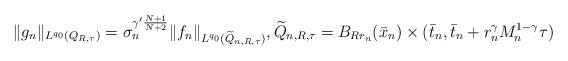
LaTeX: \begin{align*}\|g_n\|_{L^{q_0}(Q_{R,\tau}) }= \sigma_n^{\gamma'\frac{N+1}{N+2}} \|f_n\|_{L^{q_0}( \widetilde{Q}_{n,R,\tau}) }, \widetilde{Q}_{n,R,\tau} = B_{Rr_n} (\bar x_n) \times (\bar t_n, \bar t_n + r_n^\gamma M_n^{1-\gamma} \tau)\end{align*}